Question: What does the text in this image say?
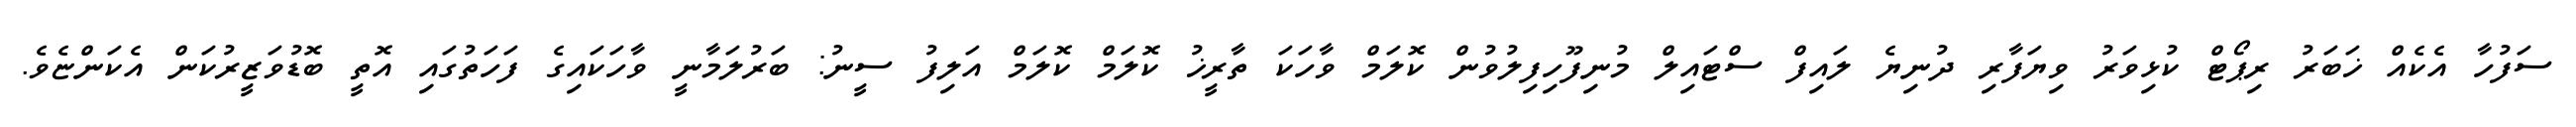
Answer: ސަފުހާ އެކެއް ޚަބަރު ރިޕޯޓް ކުޅިވަރު ވިޔަފާރި ދުނިޔެ ލައިފް ސްޓައިލް މުނިފޫހިފިލުވުން ކޮލަމް ވާހަކަ ތާރީޚު ކޮލަމް ކޮލަމް އަލިފު ސީނު: ބަރުލަމާނީ ވާހަކައިގެ ފަހަތުގައި އޮތީ ބޮޑުވަޒީރުކަން އެކަންޏެވެ.